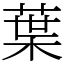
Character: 葉